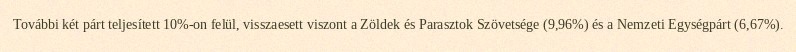
További két párt teljesített 10%-on felül, visszaesett viszont a Zöldek és Parasztok Szövetsége (9,96%) és a Nemzeti Egységpárt (6,67%).